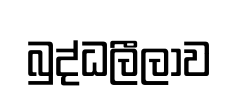
බුද්ධලීලාව